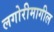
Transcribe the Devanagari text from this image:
लगोरीमागील